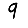
Digit: 9